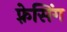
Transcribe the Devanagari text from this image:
फ़्रेसिंग